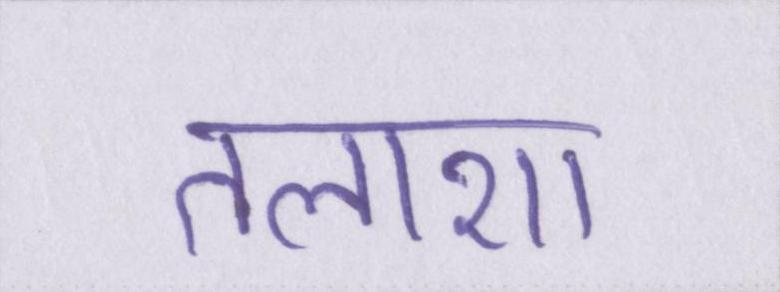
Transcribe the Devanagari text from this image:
तलाशा